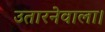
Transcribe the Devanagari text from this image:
उतारनेवाला।